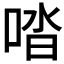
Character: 𠴲